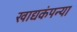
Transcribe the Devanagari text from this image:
खाद्यकंपन्या